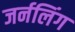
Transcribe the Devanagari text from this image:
जर्नलिंग